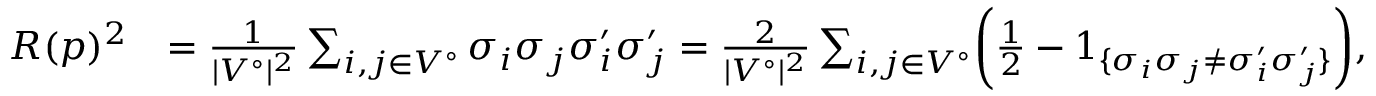
\begin{array} { r l } { R ( p ) ^ { 2 } } & { = \frac { 1 } { | V ^ { \circ } | ^ { 2 } } \sum _ { i , j \in V ^ { \circ } } \sigma _ { i } \sigma _ { j } \sigma _ { i } ^ { \prime } \sigma _ { j } ^ { \prime } = \frac { 2 } { | V ^ { \circ } | ^ { 2 } } \sum _ { i , j \in V ^ { \circ } } \biggl ( \frac { 1 } { 2 } - 1 _ { \{ \sigma _ { i } \sigma _ { j } \ne \sigma _ { i } ^ { \prime } \sigma _ { j } ^ { \prime } \} } \biggr ) , } \end{array}